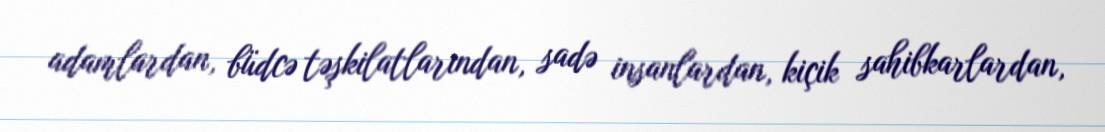
adamlardan, büdcə təşkilatlarından, sadə insanlardan, kiçik sahibkarlardan,